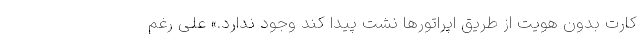
کارت بدون هویت از طریق اپراتورها نشت پیدا کند وجود ندارد.» علی رغم